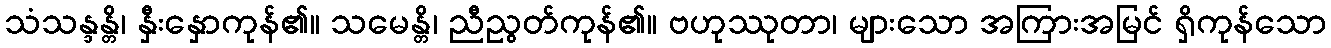
သံသန္ဒန္တိ၊ နှီးနှောကုန်၏။ သမေန္တိ၊ ညီညွတ်ကုန်၏။ ဗဟုဿုတာ၊ များသော အကြားအမြင် ရှိကုန်သော